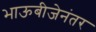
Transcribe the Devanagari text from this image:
भाऊबीजेनंतर